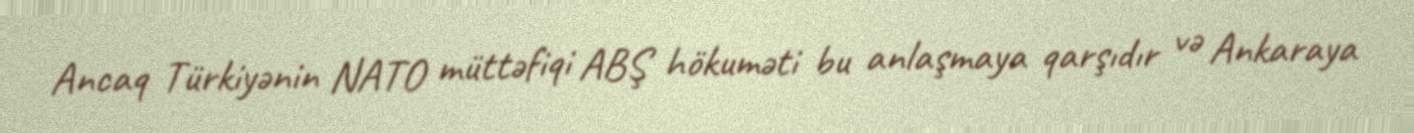
Ancaq Türkiyənin NATO müttəfiqi ABŞ hökuməti bu anlaşmaya qarşıdır və Ankaraya